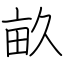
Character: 畝